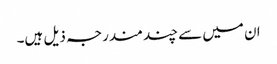
ان میں سے چند مندرجہ ذیل ہیں۔